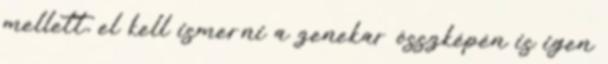
mellett, el kell ismerni a zenekar összképén is igen